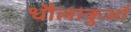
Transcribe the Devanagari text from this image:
धौलाकुआँ